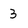
Character: 3